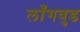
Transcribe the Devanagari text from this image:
लाँगवुड